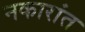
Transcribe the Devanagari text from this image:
नकारांत